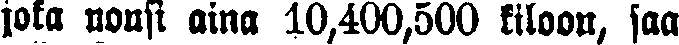
joka nousi aina 10,400,500 kiloon, saa